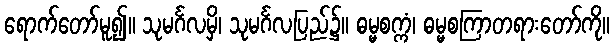
ရောက်တော်မူ၍။ သုမင်္ဂလမှိ၊ သုမင်္ဂလပြည်၌။ ဓမ္မစက္ကံ၊ ဓမ္မစကြာတရားတော်ကို။